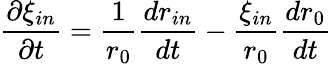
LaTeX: \frac{\partial\xi_{in}}{\partial t}=\frac{1}{r_{0}}\frac{dr_{in}}{dt}-\frac{\xi_{in}}{r_{0}}\frac{dr_{0}}{dt}